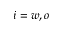
i = w , o